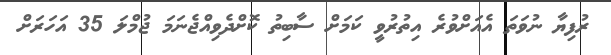
ރުފިޔާ ނުވަތަ އެއަށްވުރެ އިތުރުވީ ކަމަށް ސާބިތު ކޮށްދެވިއްޖެނަމަ ޖުމްލަ 35 އަހަރަށް